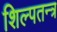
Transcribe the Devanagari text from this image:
शिल्पतन्त्र